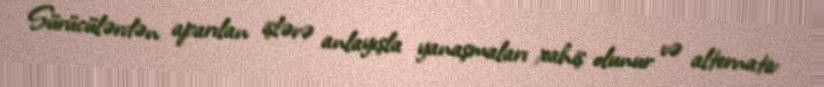
Sürücülərdən aparılan işlərə anlayışla yanaşmaları xahiş olunur və alternativ